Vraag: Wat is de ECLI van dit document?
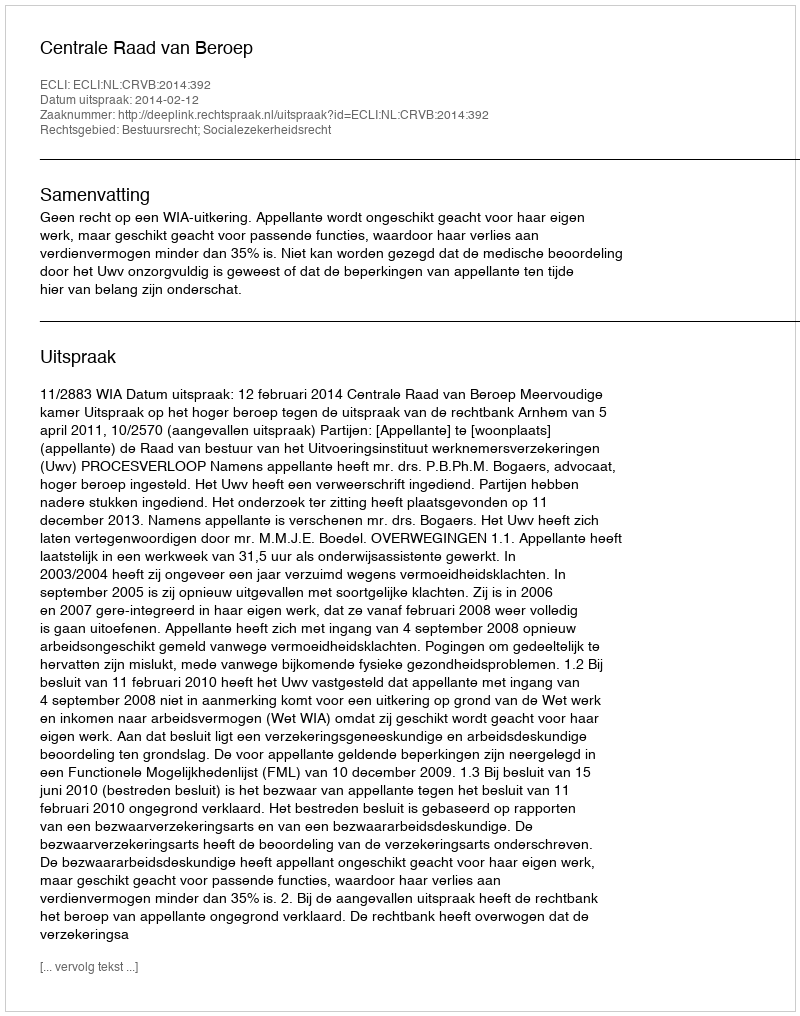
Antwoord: ECLI:NL:CRVB:2014:392